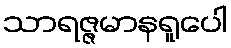
သာရဇ္ဇမာနရူပေါ